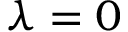
\lambda = 0